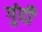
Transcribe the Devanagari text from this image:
गुंदी